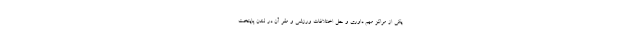
یکی از مراکز مهم داوری و حل اختلافات ورزشی و مقر آن در لندن پایتخت